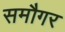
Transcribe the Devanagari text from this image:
समौगर